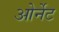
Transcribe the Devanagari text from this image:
ओर्नेट